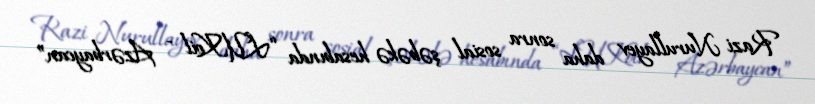
Razi Nurullayev daha sonra sosial şəbəkə hesabında “LUKoil - Azərbaycan”